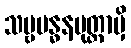
သဗ္ဗဗန္ဓနမုတ္တာမှိ